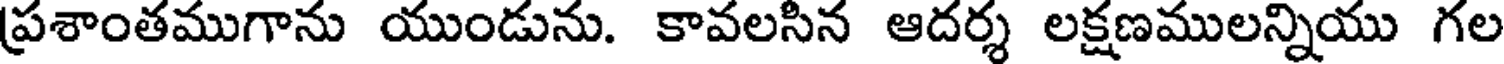
ప్రశాంతముగాను యుండును. కావలసిన ఆదర్శ లక్షణములన్నియు గల